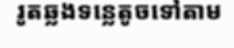
រូតឆ្លងទន្លេតូចទៅតាម